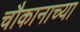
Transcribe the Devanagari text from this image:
चौकानाच्या